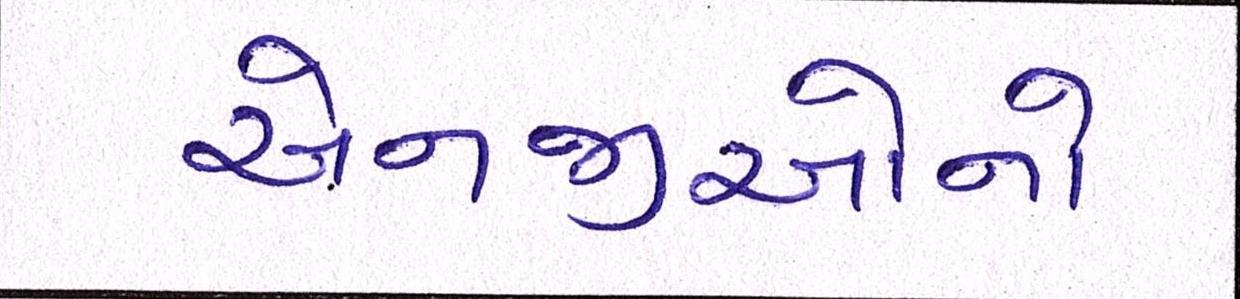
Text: એનજીઓનો